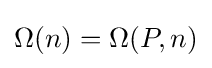
\Omega (n)=\Omega (P,n)